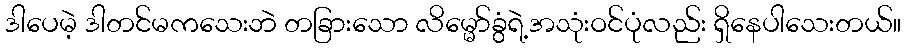
ဒါပေမဲ့ ဒါတင်မကသေးဘဲ တခြားသော လိမ္မော်ခွံရဲ့အသုံးဝင်ပုံလည်း ရှိနေပါသေးတယ်။